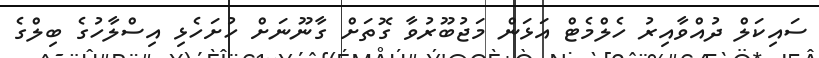
ސައިކަލް ދުއްވާއިރު ހެލްމެޓް އަޅަން މަޖުބޫރުވާ ގޮތަށް ގާނޫނަށް ހުށަހެޅި އިސްލާހުގެ ބިލްގެ